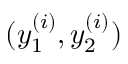
( y _ { 1 } ^ { ( i ) } , y _ { 2 } ^ { ( i ) } )